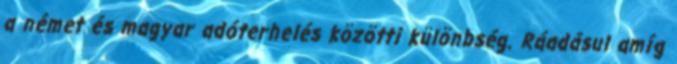
a német és magyar adóterhelés közötti különbség. Ráadásul amíg